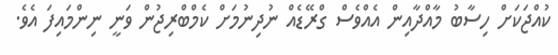
ކުއްޖަކަށް ހިސާބު މާއްދާއިން އެއްވެސް ގްރޭޑެއް ނުދިނުމަށް ކެމްބްރިޖުން ވަނީ ނިންމައިފަ އެވެ.